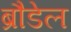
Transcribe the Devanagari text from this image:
ब्रौडेल